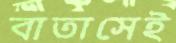
বাতাসেই